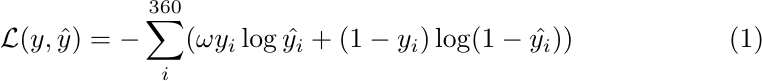
\begin{equation}
\mathcal{L}(y, \hat{y}) = -\sum_{i}^{360} (\omega y_{i} \log \hat{y_{i}}+(1-y_{i}) \log(1- \hat{y_{i}}))
\end{equation}